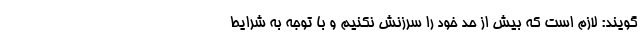
گویند: لازم است که بیش از حد خود را سرزنش نکنیم و با توجه به شرایط